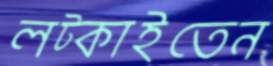
লট্‌কাইতেন